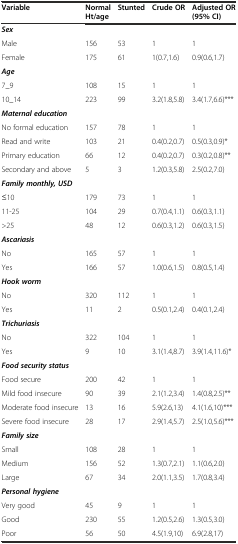
<table><thead><tr><td><b>Variable</b></td><td><b>Normal Ht/age</b></td><td><b>Stunted</b></td><td><b>Crude OR</b></td><td><b>Adjusted OR (95% CI)</b></td></tr></thead><tbody><tr><td><b><i>Sex</i></b></td><td></td><td></td><td></td><td></td></tr><tr><td>Male</td><td>156</td><td>53</td><td>1</td><td>1</td></tr><tr><td>Female</td><td>175</td><td>61</td><td>1(0.7,1.6)</td><td>0.9(0.6,1.7)</td></tr><tr><td><b><i>Age</i></b></td><td></td><td></td><td></td><td></td></tr><tr><td>7_9</td><td>108</td><td>15</td><td>1</td><td>1</td></tr><tr><td>10_14</td><td>223</td><td>99</td><td>3.2(1.8,5.8)</td><td>3.4(1.7,6.6)***</td></tr><tr><td><b><i>Maternal education</i></b></td><td></td><td></td><td></td><td></td></tr><tr><td>No formal education</td><td>157</td><td>78</td><td>1</td><td>1</td></tr><tr><td>Read and write</td><td>103</td><td>21</td><td>0.4(0.2,0.7)</td><td>0.5(0.3,0.9)*</td></tr><tr><td>Primary education</td><td>66</td><td>12</td><td>0.4(0.2,0.7)</td><td>0.3(0.2,0.8)**</td></tr><tr><td>Secondary and above</td><td>5</td><td>3</td><td>1.2(0.3,5.8)</td><td>2.5(0.2,7.0)</td></tr><tr><td><b><i>Family monthly, USD</i></b></td><td></td><td></td><td></td><td></td></tr><tr><td>≤10</td><td>179</td><td>73</td><td>1</td><td>1</td></tr><tr><td>11-25</td><td>104</td><td>29</td><td>0.7(0.4,1.1)</td><td>0.6(0.3,1.1)</td></tr><tr><td>&gt;25</td><td>48</td><td>12</td><td>0.6(0.3,1.2)</td><td>0.6(0.3,1.5)</td></tr><tr><td><b><i>Ascariasis</i></b></td><td></td><td></td><td></td><td></td></tr><tr><td>No</td><td>165</td><td>57</td><td>1</td><td>1</td></tr><tr><td>Yes</td><td>166</td><td>57</td><td>1.0(0.6,1.5)</td><td>0.8(0.5,1.4)</td></tr><tr><td><b><i>Hook worm</i></b></td><td></td><td></td><td></td><td></td></tr><tr><td>No</td><td>320</td><td>112</td><td>1</td><td>1</td></tr><tr><td>Yes</td><td>11</td><td>2</td><td>0.5(0.1,2.4)</td><td>0.4(0.1,2.4)</td></tr><tr><td><b><i>Trichuriasis</i></b></td><td></td><td></td><td></td><td></td></tr><tr><td>No</td><td>322</td><td>104</td><td>1</td><td>1</td></tr><tr><td>Yes</td><td>9</td><td>10</td><td>3.1(1.4,8.7)</td><td>3.9(1.4,11.6)*</td></tr><tr><td><b><i>Food security status</i></b></td><td></td><td></td><td></td><td></td></tr><tr><td>Food secure</td><td>200</td><td>42</td><td>1</td><td>1</td></tr><tr><td>Mild food insecure</td><td>90</td><td>39</td><td>2.1(1.2,3.4)</td><td>1.4(0.8,2.5)**</td></tr><tr><td>Moderate food insecure</td><td>13</td><td>16</td><td>5.9(2.6,13)</td><td>4.1(1.6,10)***</td></tr><tr><td>Severe food insecure</td><td>28</td><td>17</td><td>2.9(1.4,5.7)</td><td>2.5(1.0,5.6)***</td></tr><tr><td><b><i>Family size</i></b></td><td></td><td></td><td></td><td></td></tr><tr><td>Small</td><td>108</td><td>28</td><td>1</td><td>1</td></tr><tr><td>Medium</td><td>156</td><td>52</td><td>1.3(0.7,2.1)</td><td>1.1(0.6,2.0)</td></tr><tr><td>Large</td><td>67</td><td>34</td><td>2.0(1.1,3.5)</td><td>1.7(0.8,3.4)</td></tr><tr><td><b><i>Personal hygiene</i></b></td><td></td><td></td><td></td><td></td></tr><tr><td>Very good</td><td>45</td><td>9</td><td>1</td><td>1</td></tr><tr><td>Good</td><td>230</td><td>55</td><td>1.2(0.5,2.6)</td><td>1.3(0.5,3.0)</td></tr><tr><td>Poor</td><td>56</td><td>50</td><td>4.5(1.9,10)</td><td>6.9(2.8,17)</td></tr></tbody></table>